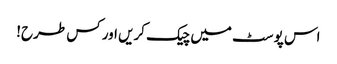
اس پوسٹ میں چیک کریں اور کس طرح!